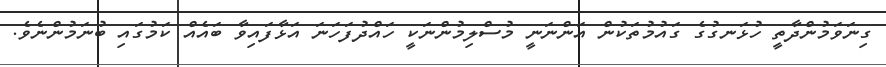
ގިނަވަމުންދާތީ ހުޅަނގުގެ ގައުމުތަކުން އަންނަނީ މުސްލިމުންނަކީ ހައްދުފަހަނަ އަޅާފައިވާ ބައެއް ކަމުގައި ބުނަމުންނެވެ.